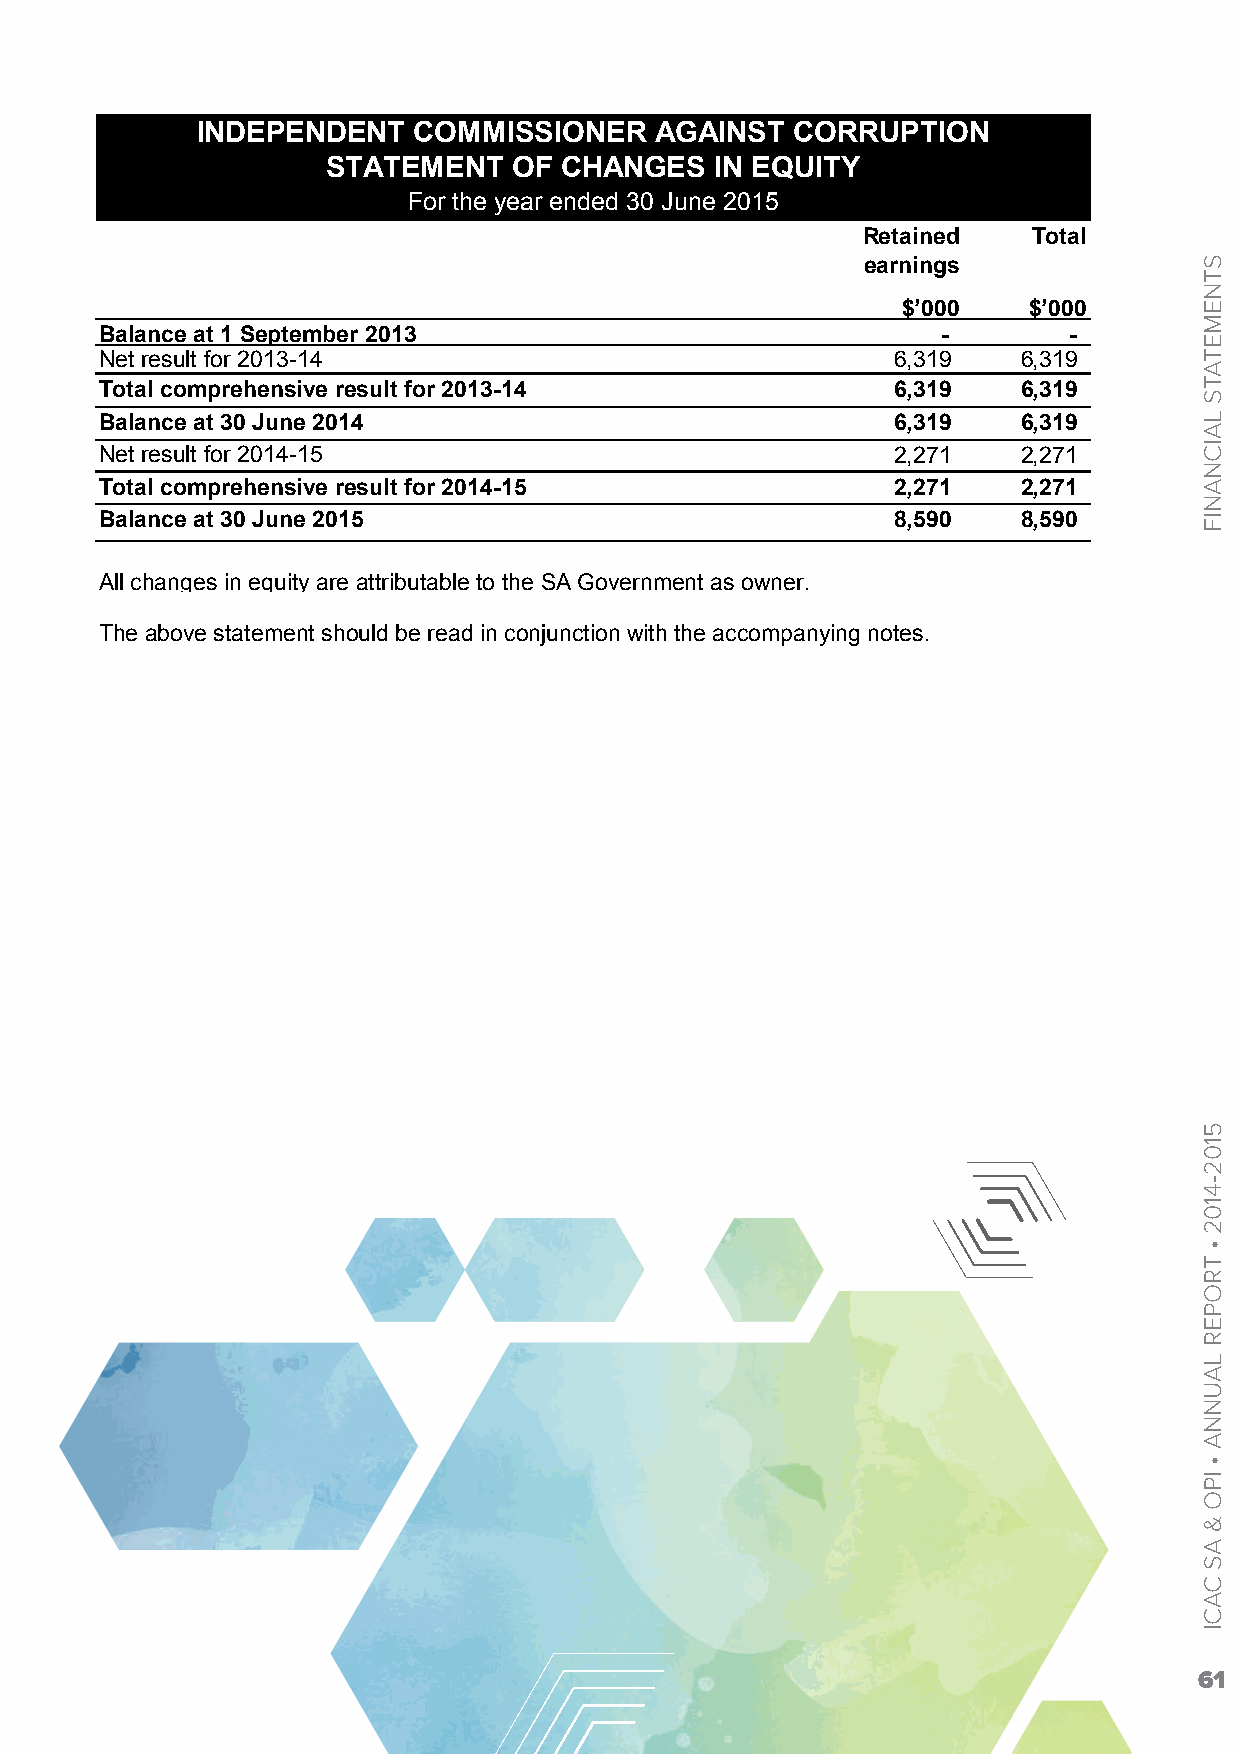
INDEPENDENT   COMMISSIONER    AGAINST   CORRUPTION
 STATEMENT   OF CHANGES   IN EQUITY
 For the year ended 30 June 2015
 Retained   Total
 earnings
 $’000   $’000
 Balance at 1 September 2013                            -        -
 Net result for 2013-14                              6,319    6,319
 Total comprehensive result for 2013-14              6,319    6,319
 Balance at 30 June 2014                             6,319    6,319
 Net result for 2014-15                              2,271    2,271
 Total comprehensive result for 2014-15              2,271    2,271
 Balance at 30 June 2015                             8,590    8,590
 All changes in equity are attributable to the SA Government as owner.
 The above statement should be read in conjunction with the accompanying notes.
 61
 STNEMETATS
 LAICNANIF
 5102-4102
 •
 TROPER
 LAUNNA
 •
 IPO
 &
 AS
 CACI